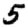
Digit: 5